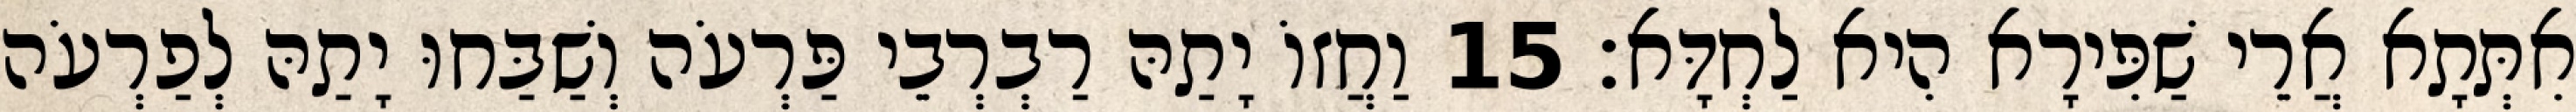
אִתְּתָא אֲרֵי שַׁפִּירָא הִיא לַחְדָּא׃ 15 וַחֲזוֹ יָתַהּ רַבְרְבֵי פַּרְעֹה וְשַׁבַּחוּ יָתַהּ לְפַרְעֹה